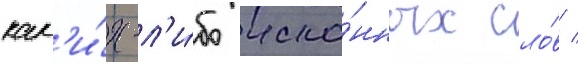
как'и́х-л'и́бо иско́нных сло́в /